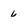
Character: 6